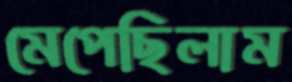
মেপেছিলাম